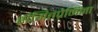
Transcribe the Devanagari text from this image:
संगितप्रेमिंना